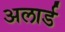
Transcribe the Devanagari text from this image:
अलार्ड